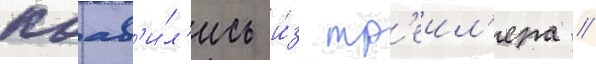
поав'и́л'ись и́з тр'еил'ера //